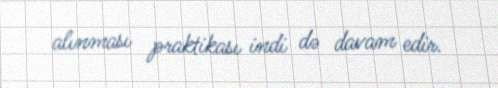
alınması praktikası indi də davam edir.